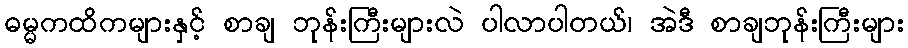
ဓမ္မကထိကများနှင့် စာချ ဘုန်းကြီးများလဲ ပါလာပါတယ်၊ အဲဒီ စာချဘုန်းကြီးများ